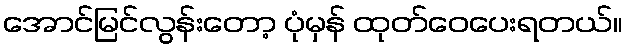
အောင်မြင်လွန်းတော့ ပုံမှန် ထုတ်ဝေပေးရတယ်။